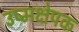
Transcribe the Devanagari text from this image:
उष्मक्षेपक